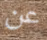
عن